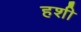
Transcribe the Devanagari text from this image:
हशी